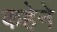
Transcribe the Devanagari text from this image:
कहेने